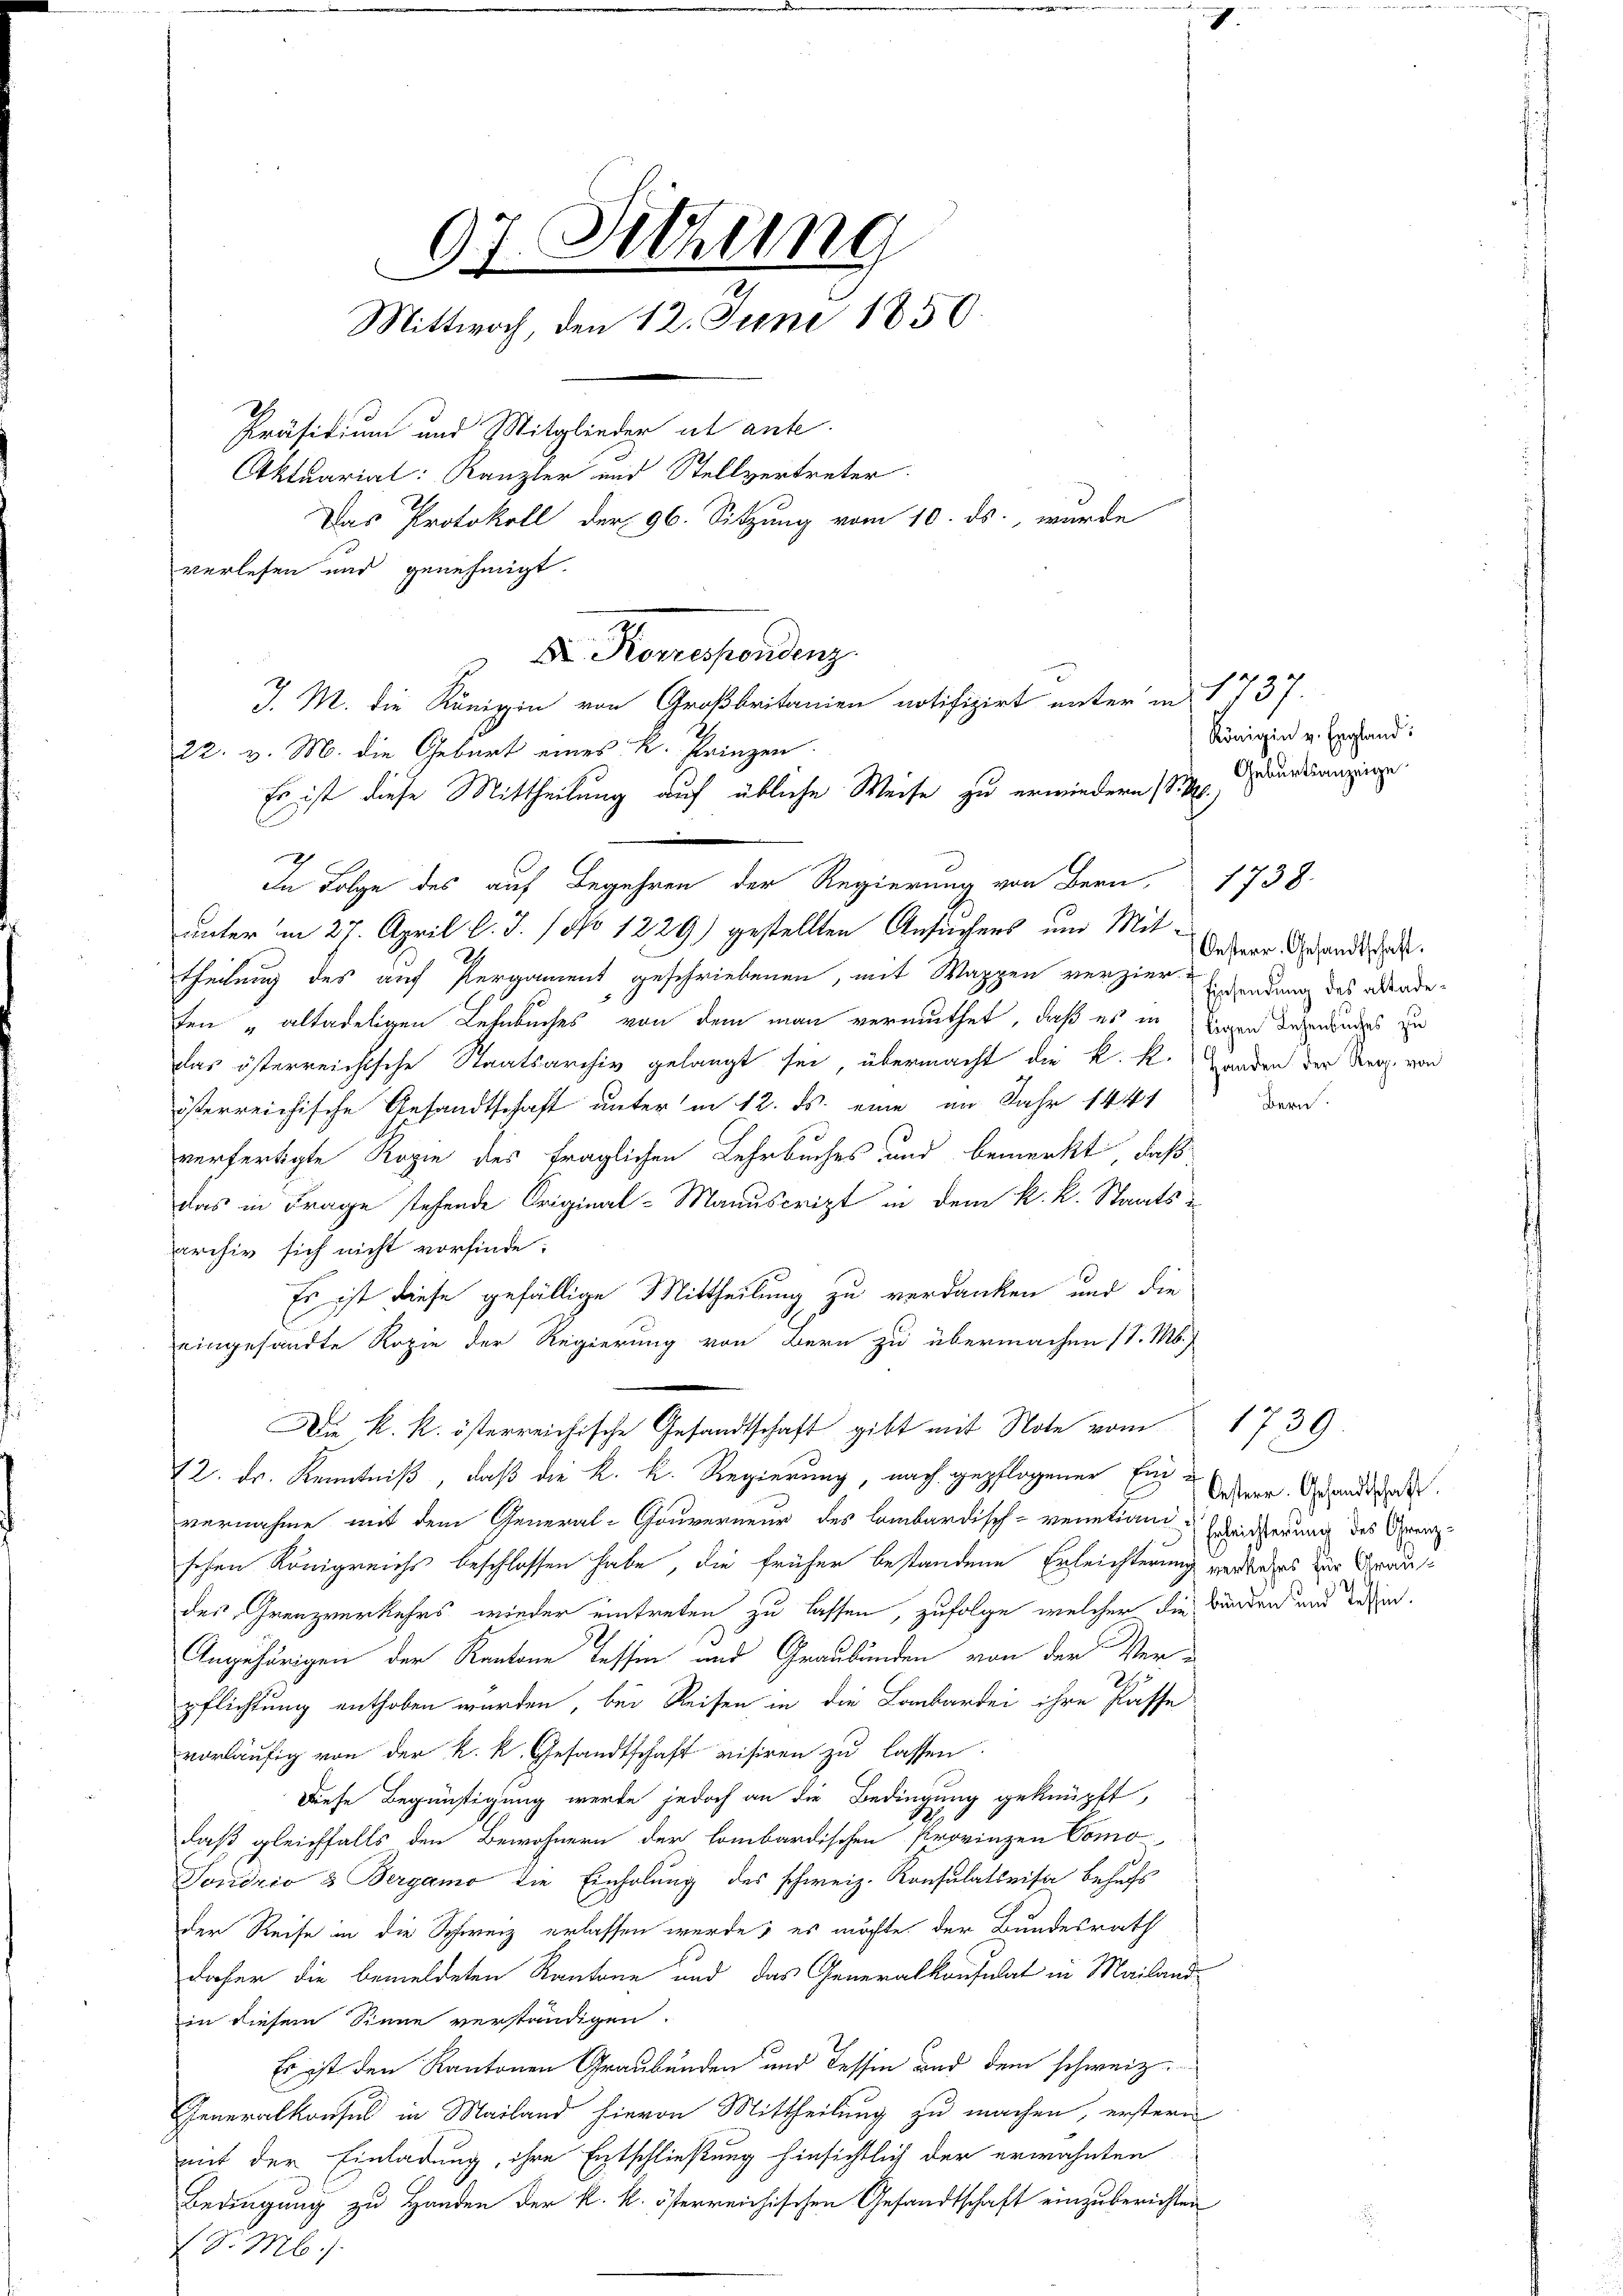
verlesen und genehmigt.
J. M. die Königin von Großbritanien notifizirt unter in 1737.
22. v. M. die Geburt eines K. Prinzen
Es ist diese Mittheilung auf übliche Weise zu erwindern sie duranzige
h
In Folge des auf Begehren der Regierung von Bern, 1738
unter in 27. April l. J. / No 1229) gestellten Ansuchens um Mittheilung des auf Pergament geschriebenen, mit Wappen verzier-Expendung des akadeten „altadeligen Lehnbuches von dem man vermuthet, daß es in Liegen derenbuches zu
das österreichische Staatsarchiv gelangt sei, übermacht die k. k. Handen der der von
österreichische Gesandtschaft unter in 12. ds. eine im Jahr 1441
verfertigte Rogie des fraglichen Lehrbuches und bemerkt, daß
das in Frage stehende Original-Manuscript in dem k. k. Staats-
archiv sich nicht vorfinde.
Es ist diese gefällige Mittheilung zu verdanken und die
eingesandte Kopie der Regierung von Bern zu übermachen (l. M.)
Di k. k. österreichische Gesandtschaft gibt mit Note vom 1739.
72. Dr. Kenntniß, daß die K. K. Regierung, nach gepflogener Eine Oper. Grandschade
vernahme mit dem General-Gouverneur des lombardisch-venetian Erleichterung des Grenz
schen Königreichs beschlossen habe, die früher bestandene Erleichterung verliehes zur Graudes Grenzverkehrs wieder eintreten zu lassen, zufolge welcher die Bunden und dessen.
Angehörigen der Kantone Tessin und Graubünden von der Ver-
pflichtung enthoben wurden, bei Reisen in die Lombardei ihre Pässe
vorläufig von der k. k. Gesandtschaft visiren zu lassen.
Diese Begünstigung werde jedoch an die Bedingung geknüpft,
78
daß gleichfalls den Bewohnern der lombardischen Provinzen Como
Sondrio 3 Bergamo die Einholung des schweiz. Konsulativisa behufs
der Reise in die Schweiz erlassen werde; es möchte der Bundesrath
daher die bemeldeten Kantone und das Generalkonsulat in Mailand
in diesem Sinne verständigen.
Es ist den Kantonen Graubünden und Tessin und dem schweiz.
Generalkonsul in Mailand hievon Mittheilung zu machen, erstern
mit der Einladung, ihre Entschließung hinsichtlich der erwähnten
Bedingung zu Handen der k. k. österreichischen Gesandtschaft einzuberichten
S. M.

07. Sitzung
Mittwoch, den 12. Juni 1850.
Präsidium und Mitglieder ut ante.
Aktuariat: Kanzler und Stellvertreter
Das Protokoll der 96. Sitzung vom 10. ds., wurde

F. Korrespondenz

Königin v. England:

Oesterr. Gesandtschaft.
Bern.